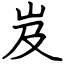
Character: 岌